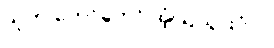
သူက တော်တော် အံ့ဩသွားပုံပဲ။